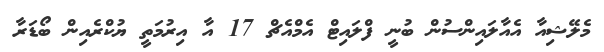
މެލޭޝިއާ އެއާލައިންސުން ބުނީ ފްލައިޓް އެމްއެޗް 17 އާ އިރުމަތީ ޔުކްރެއިން ބޯޑަރާ